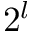
2 ^ { l }